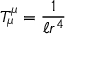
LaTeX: T _ { \mu } ^ { \mu } = \frac { 1 } { \ell r ^ { 4 } }